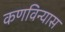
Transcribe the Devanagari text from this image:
कणविन्यास